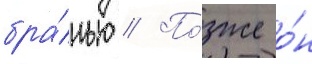
бра́нью // По́зже о́н